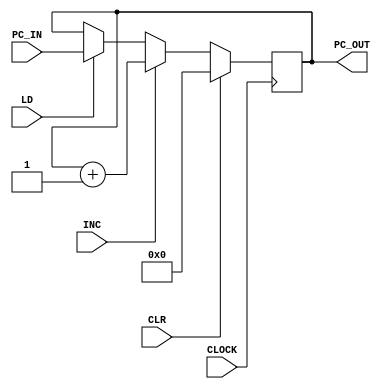
`timescale 1ns / 1ps
//////////////////////////////////////////////////////////////////////////////////
// Company: 
// Engineer: 
// 
// Design Name: 
// Module Name: PC
// Project Name: 
// Target Devices: 
// Tool Versions: 
// Description: 
// 
// Dependencies: 
// 
// Revision:
// Revision 0.01 - File Created
// Additional Comments:
// 
//////////////////////////////////////////////////////////////////////////////////


module PC(

    input CLR,
    input INC,
    input CLOCK,
    input [11:0] PC_IN,
    output reg [11:0] PC_OUT,
    input LD
    );
    
    initial PC_OUT = 0;
always @(posedge CLOCK)
        begin
    if(CLR)
    PC_OUT <=16'b0;
     else if(INC)
    PC_OUT <= PC_OUT +1;
     else if(LD)
    PC_OUT <= PC_IN;
    end
    
    

endmodule